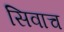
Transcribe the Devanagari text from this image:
सिवाच